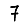
Digit: 7